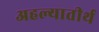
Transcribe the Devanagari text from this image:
अहल्यातीर्थ